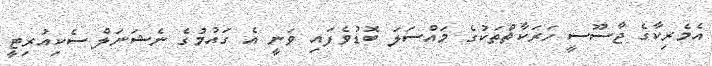
އެމެރިކާގެ ޖާސޫސީ ހަރަކާތްތަކުގެ މައްސަލަ ބޮޑުވެފައި ވަނީ އެ ގައުމުގެ ނެޝަނަލް ސެކިއުރިޓީ